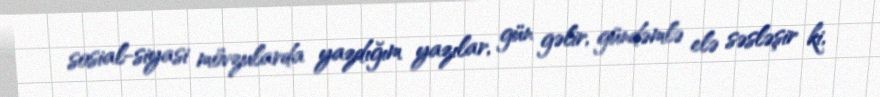
sosial-siyasi mövzularda yazdığım yazılar, gün gəlir, gündəmlə elə səsləşir ki,